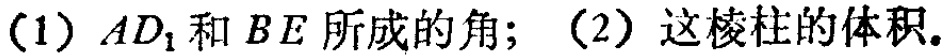
(1) \(AD_{1}\)和\(BE\)所成的角；(2) 这棱柱的体积。